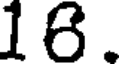
16.